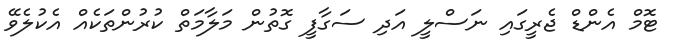
ޓޮމް އެންޑް ޖެރީގައި ނަސްލީ އަދި ސަގާފީ ގޮތުން މަލާމަތް ކުރުންތަކެއް އެކުލެވޭ